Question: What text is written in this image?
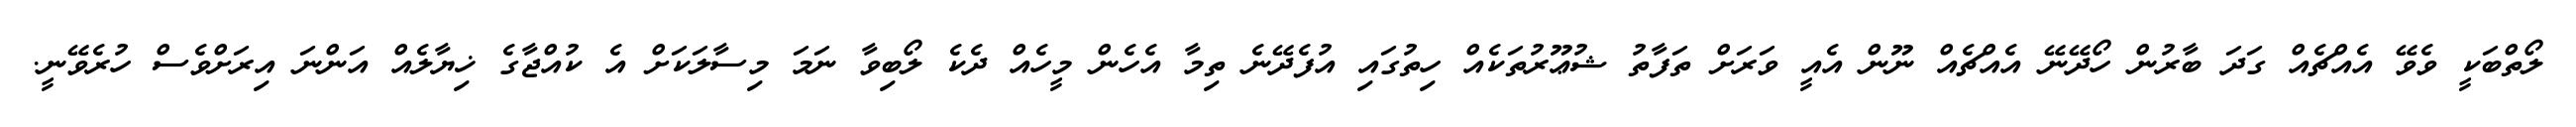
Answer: ލޯތްބަކީ ވެވޭ އެއްޗެއް ގަދަ ބާރުން ހޯދޭނޭ އެއްޗެއް ނޫން އެއީ ވަރަށް ތަފާތު ޝުޢޫރުތަކެއް ހިތުގައި އުފެދޭނެ ތިމާ އެހެން މީހެއް ދެކެ ލޯބިވާ ނަމަ މިސާލަކަށް އެ ކުއްޖާގެ ޚިޔާލެއް އަންނަ އިރަށްވެސް ހުރެވޭނީ.